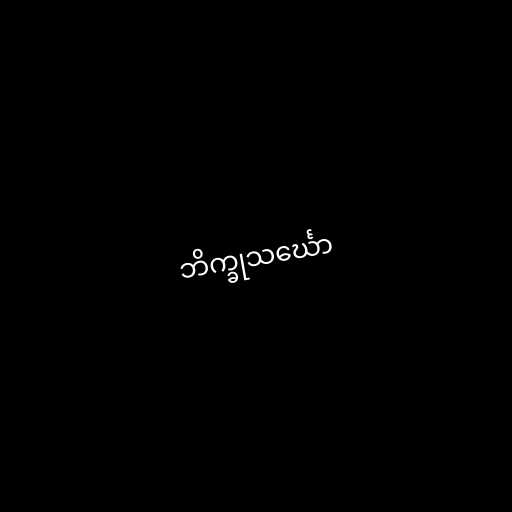
ဘိက္ခုသင်္ဃော